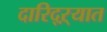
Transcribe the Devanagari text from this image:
दारिद्‌ऱ्यात